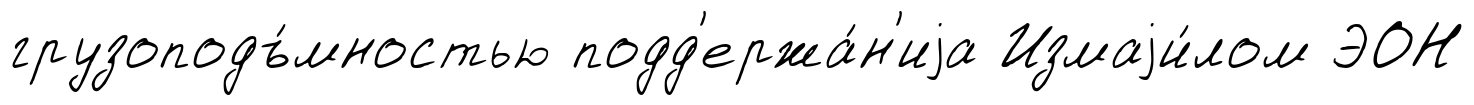
грузоподъ́мностью подд'ержа́н'иjа Измаjи́лом ЭОН